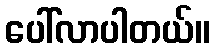
ပေါ်လာပါတယ်။